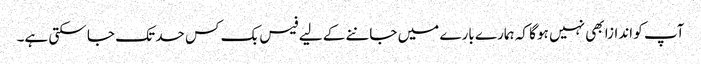
آپ کو اندازا بھی نہیں ہو گا کہ ہمارے بارے میں جاننے کے لیے فیس بک کس حد تک جا سکتی ہے۔